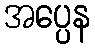
အပ္ပေန